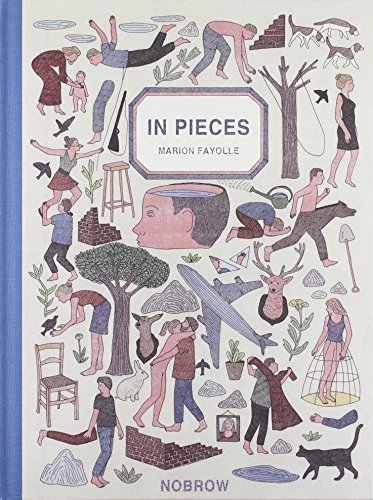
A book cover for In Pieces; Comics & Graphic Novels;